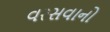
વરસવાનો